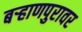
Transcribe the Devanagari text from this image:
बऱ्हाणपुरावर